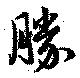
勝